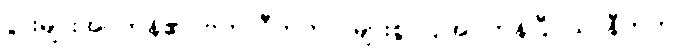
ပွားများအပ်ကုန်၏။ ဗဟုလီကတာ၊ များစွာပြုအပ်ကုန်ပြီ။ ယာနီကတာ၊